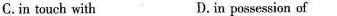
C.in touch with D.in possession of